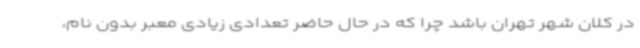
در کلان شهر تهران باشد چرا که در حال حاضر تعدادی زیادی معبر بدون نام،